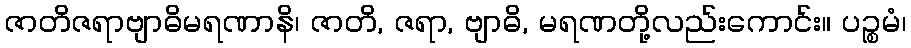
ဇာတိဇရာဗျာဓိမရဏာနိ၊ ဇာတိ, ဇရာ, ဗျာဓိ, မရဏတို့လည်းကောင်း။ ပဉ္စမံ၊